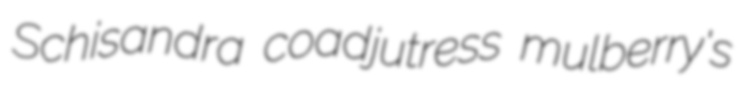
Schisandra coadjutress mulberry's